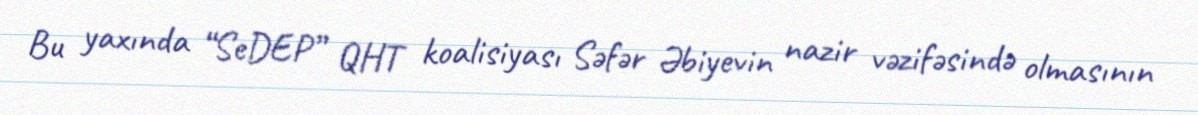
Bu yaxında “SeDEP” QHT koalisiyası Səfər Əbiyevin nazir vəzifəsində olmasının